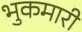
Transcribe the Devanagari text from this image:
भुकमारी